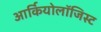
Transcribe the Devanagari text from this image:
आर्कियोलाॅजिस्ट